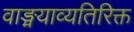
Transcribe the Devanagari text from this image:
वाङ्मयाव्यतिरिक्त